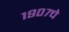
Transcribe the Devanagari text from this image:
१९०७चे